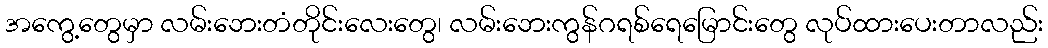
အကွေ့တွေမှာ လမ်းဘေးတံတိုင်းလေးတွေ၊ လမ်းဘေးကွန်ဂရစ်ရေမြောင်းတွေ လုပ်ထားပေးတာလည်း